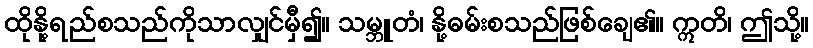
ထိုနို့ရည်စသည်ကိုသာလျှင်မှီ၍။ သမ္ဘူတံ၊ နို့ဓမ်းစသည်ဖြစ်ချေ၏။ ဣတိ၊ ဤသို့။